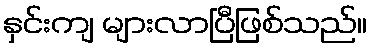
နှင်းကျ များလာပြီဖြစ်သည်။